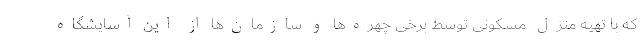
که با تهیه منزل مسکونی توسط برخی چهره‌ها و سازمان‌ها از این آسایشگاه